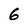
Character: G